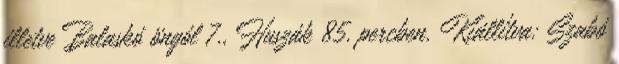
illetve Balaskó öngól 7., Huszák 85. percben. Kiállítva: Szabó